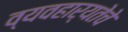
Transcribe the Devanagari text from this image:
व्यवहार्यतेचे